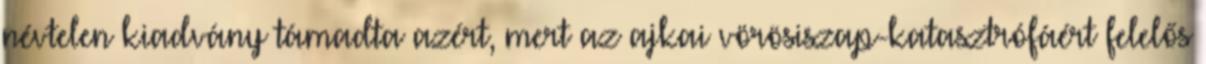
névtelen kiadvány támadta azért, mert az ajkai vörösiszap-katasztrófáért felelős